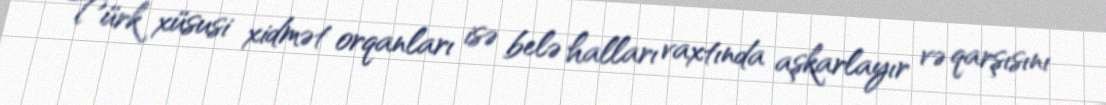
Türk xüsusi xidmət orqanları isə belə halları vaxtında aşkarlayır və qarşısını